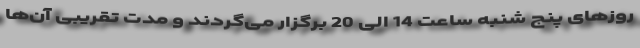
روزهای پنج شنبه ساعت 14 الی 20 برگزار می‌گردند و مدت تقریبی آن‌ها